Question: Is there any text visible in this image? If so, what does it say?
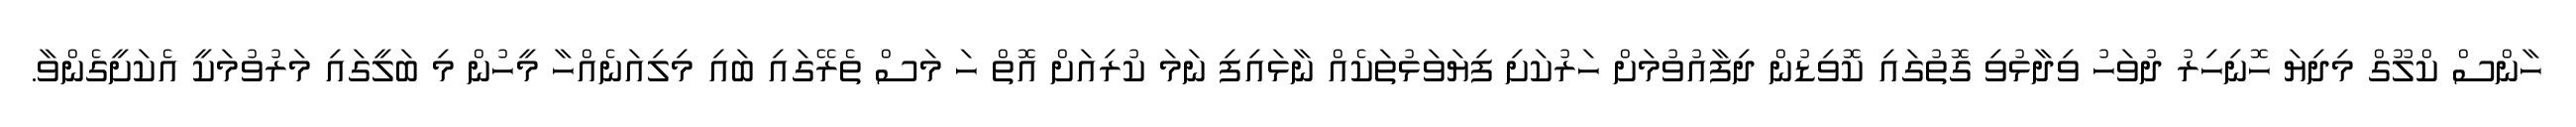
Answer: ހާންސް ކްލޫގް މިދިޔަ ހޮނިހިރު ދުވަހު ވިދާޅުވި ގޮތުގައި ކޮވިޑުން ދިފާއުވުމަށް ހަރުކަށި ފިޔަވަޅުތަކެއް ނާޅައިފި ނަމަ ކުރިއަށް އޮތް ހަ މަސް ތެރޭގައި ބައި މިލިއަނެއްހާ މީހުން މި ބަލީގައި މަރުވުމަކީ އެކަށީގެންވާ.